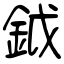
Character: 鉞